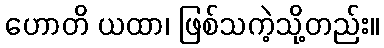
ဟောတိ ယထာ၊ ဖြစ်သကဲ့သို့တည်း။